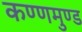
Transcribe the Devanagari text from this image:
कण्णमुण्ड